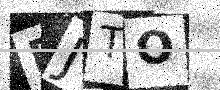
Text: FJTO